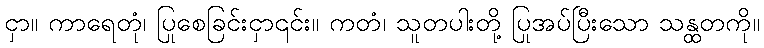
ငှာ။ ကာရေတုံ၊ ပြုစေခြင်းငှာ၎င်း။ ကတံ၊ သူတပါးတို့ ပြုအပ်ပြီးသော သန္ထတကို။